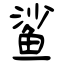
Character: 鲨